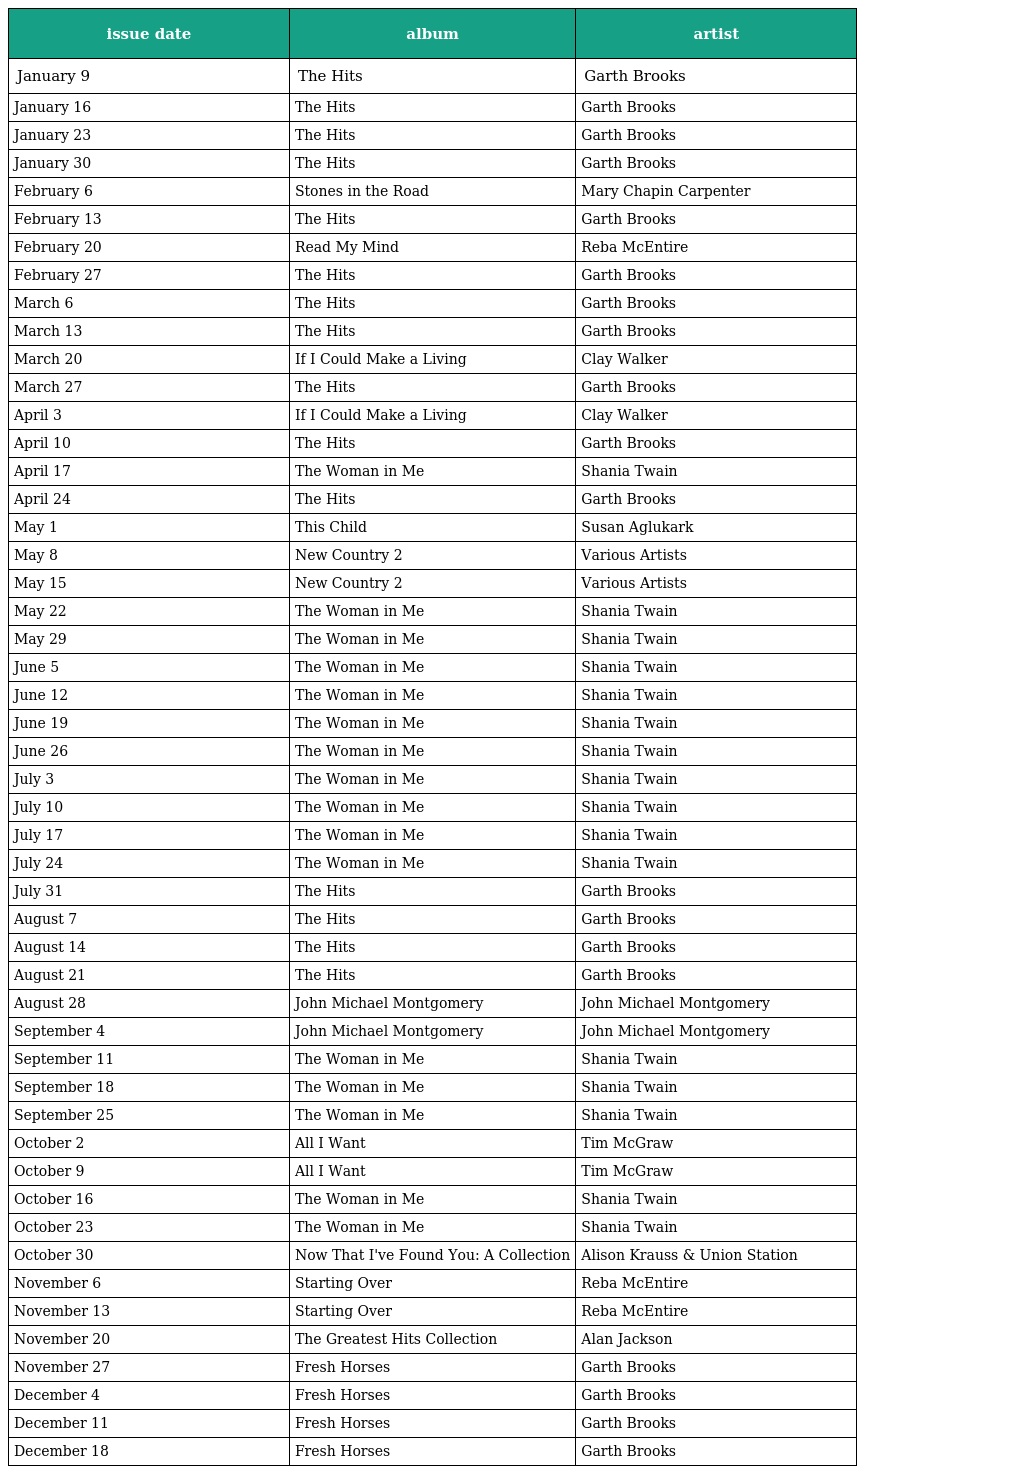
| issue date | album | artist |
 | --- | --- | --- |
 | January 9 | The Hits | Garth Brooks |
 | January 16 | The Hits | Garth Brooks |
 | January 23 | The Hits | Garth Brooks |
 | January 30 | The Hits | Garth Brooks |
 | February 6 | Stones in the Road | Mary Chapin Carpenter |
 | February 13 | The Hits | Garth Brooks |
 | February 20 | Read My Mind | Reba McEntire |
 | February 27 | The Hits | Garth Brooks |
 | March 6 | The Hits | Garth Brooks |
 | March 13 | The Hits | Garth Brooks |
 | March 20 | If I Could Make a Living | Clay Walker |
 | March 27 | The Hits | Garth Brooks |
 | April 3 | If I Could Make a Living | Clay Walker |
 | April 10 | The Hits | Garth Brooks |
 | April 17 | The Woman in Me | Shania Twain |
 | April 24 | The Hits | Garth Brooks |
 | May 1 | This Child | Susan Aglukark |
 | May 8 | New Country 2 | Various Artists |
 | May 15 | New Country 2 | Various Artists |
 | May 22 | The Woman in Me | Shania Twain |
 | May 29 | The Woman in Me | Shania Twain |
 | June 5 | The Woman in Me | Shania Twain |
 | June 12 | The Woman in Me | Shania Twain |
 | June 19 | The Woman in Me | Shania Twain |
 | June 26 | The Woman in Me | Shania Twain |
 | July 3 | The Woman in Me | Shania Twain |
 | July 10 | The Woman in Me | Shania Twain |
 | July 17 | The Woman in Me | Shania Twain |
 | July 24 | The Woman in Me | Shania Twain |
 | July 31 | The Hits | Garth Brooks |
 | August 7 | The Hits | Garth Brooks |
 | August 14 | The Hits | Garth Brooks |
 | August 21 | The Hits | Garth Brooks |
 | August 28 | John Michael Montgomery | John Michael Montgomery |
 | September 4 | John Michael Montgomery | John Michael Montgomery |
 | September 11 | The Woman in Me | Shania Twain |
 | September 18 | The Woman in Me | Shania Twain |
 | September 25 | The Woman in Me | Shania Twain |
 | October 2 | All I Want | Tim McGraw |
 | October 9 | All I Want | Tim McGraw |
 | October 16 | The Woman in Me | Shania Twain |
 | October 23 | The Woman in Me | Shania Twain |
 | October 30 | Now That I've Found You: A Collection | Alison Krauss & Union Station |
 | November 6 | Starting Over | Reba McEntire |
 | November 13 | Starting Over | Reba McEntire |
 | November 20 | The Greatest Hits Collection | Alan Jackson |
 | November 27 | Fresh Horses | Garth Brooks |
 | December 4 | Fresh Horses | Garth Brooks |
 | December 11 | Fresh Horses | Garth Brooks |
 | December 18 | Fresh Horses | Garth Brooks |